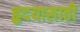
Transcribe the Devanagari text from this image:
हृदयासाठी